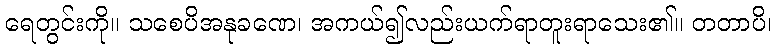
ရေတွင်းကို။ သစေပိအနုခဏေ၊ အကယ်၍လည်းယက်ရာတူးရာသေး၏။ တတာပိ၊